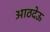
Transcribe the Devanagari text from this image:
आठदेऊ